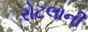
રોટલાની